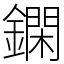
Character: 䥜